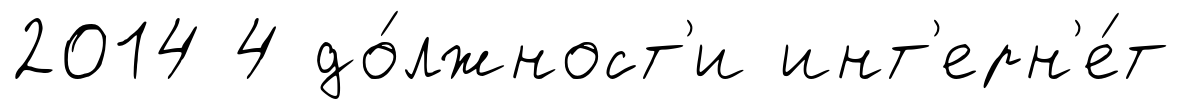
2014 4 до́лжност'и инт'ерн'е́т